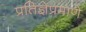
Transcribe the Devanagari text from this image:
प्रतिज्ञेप्रमाणे